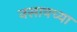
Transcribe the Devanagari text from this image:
नसायच्या